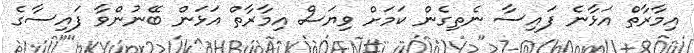
އިމާރާތް އަޅާނެ ފައިސާ ނެތިގެން ކަމަށް ވިޔަސް އިމާރާތް އަޅަން ބޭނުންވާ ފައިސާގެ